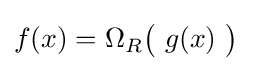
f(x)=\Omega _{R}{\bigl (}\ g(x)\ {\bigr )}\quad